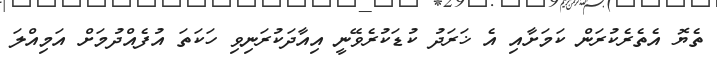
ތެޔޮ އެތެރެކުރަން ކަމަށާއި އެ ޚަރަދު ކުޑަކުރެވޭނީ އިއާދަކުރަނިވި ހަކަތަ އުފެއްދުމަށް އަމިއްލަ